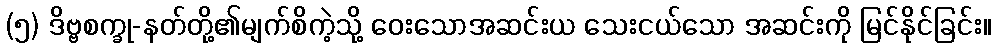
(၅) ဒိဗ္ဗစက္ခု-နတ်တို့၏မျက်စိကဲ့သို့ ဝေးသောအဆင်းယ သေးငယ်သော အဆင်းကို မြင်နိုင်ခြင်း။